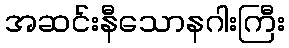
အဆင်းနီသောနဂါးကြီး